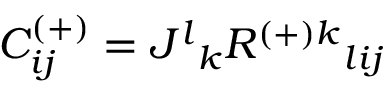
C _ { i j } ^ { ( + ) } = J ^ { l } { } _ { k } R ^ { { ( + ) } k } { } _ { l i j }